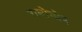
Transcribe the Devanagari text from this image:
राशोमोन